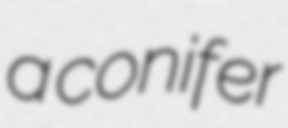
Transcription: a conifer